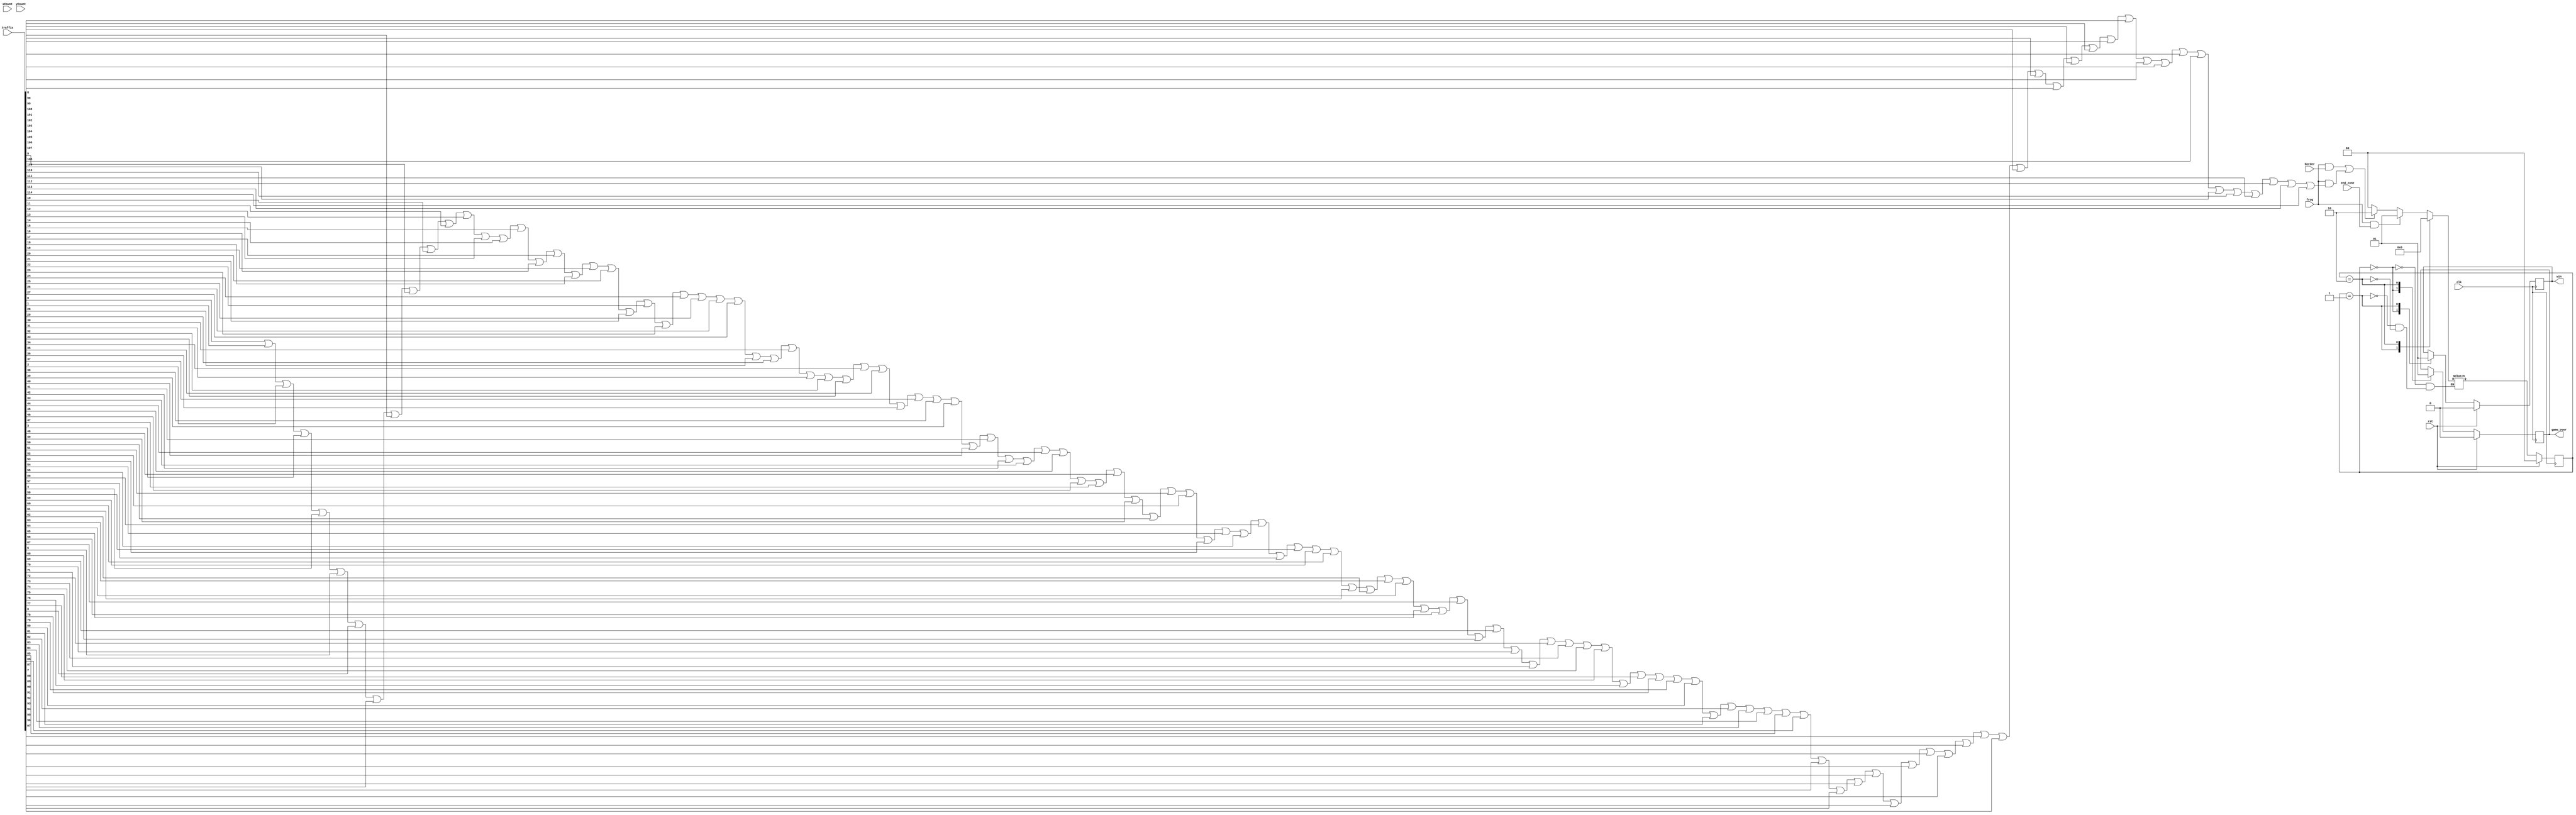
module collision (clk,rst,frog,traffic,border,end_zone,xCount,yCount,win,game_over); 

input clk, rst, frog, border, end_zone;
input [114:0]traffic;
input [9:0]xCount;
input [9:0]yCount;
output win, game_over; //possible results of game: frog hit by car(lose) or frog reaches pond(win)
	
wire frog;
wire end_zone;
wire border;
wire [114:0]traffic;

wire [9:0] xCount;
wire [9:0] yCount;

reg game_over; 
reg win; 
	
//collision calculator
wire squish; //frog lands in pond
wire splash; //frog hit by car

assign splash = frog && end_zone;
assign squish = (frog && border) || (frog && (traffic[0] || traffic[1] || traffic[2] || traffic[3] || traffic[4] || traffic[5] || traffic[6] || traffic[7] || traffic[8] || traffic[9] || traffic[10] || traffic [11] || traffic[12] || traffic[13] || traffic[14] || traffic[15] || traffic[16] || traffic[17] || traffic[18] || traffic[19] || traffic[20] || traffic[21] || traffic[22] || traffic[23] || traffic[24] || traffic[25] || traffic[26] || traffic[27] || traffic[28] || traffic[29] || traffic[30] || traffic[31] || traffic[32] || traffic[33] || traffic[34] || traffic[35] || traffic[36] || traffic[37] || traffic[38] || traffic[39] || traffic[40] || traffic[41] || traffic[42] || traffic[43] || traffic[44] || traffic[45] || traffic[46] || traffic[47] || traffic[48] || traffic[49] || traffic[50] || traffic[51] || traffic[52] || traffic[53] || traffic[54] || traffic[55] || traffic [56] || traffic[57] || traffic[58] || traffic[59] || traffic[60] || traffic[61] || traffic[62] || traffic[63] || traffic[64] || traffic[65] || traffic[66] || traffic[67] || traffic[68] || traffic[69] || traffic[70] || traffic[71] || traffic[72] || traffic[73] || traffic[74] || traffic[75] || traffic[76] || traffic[77] || traffic[78] || traffic[79] || traffic[80] || traffic[81] || traffic[82] || traffic[83] || traffic[84] || traffic[85] || traffic[86] || traffic[87] || traffic[88] || traffic[89] || traffic[90] || traffic[91] || traffic[92] || traffic[93] || traffic[94] || traffic[95] || traffic[96] || traffic[97] || traffic[98] || traffic[99] || traffic[100] || traffic[101] || traffic[102] || traffic[103] || traffic[104] || traffic[105] || traffic[106] || traffic[107] || traffic[108] || traffic[109] || traffic[110] || traffic[111] || traffic[112] || traffic[113] || traffic[114]));

localparam alive = 2'd0, winner = 2'd1, loser = 2'd2;
reg [1:0]S;
reg [1:0]NS;

always @(posedge clk)
	begin
		if (rst == 1'b1)
			S <= alive;
		else
			S <= NS;
	end

always @(*) 
	case (S)
		alive: 
			begin
				if (splash == 1'b1)
					NS = winner;
				else if (squish == 1'b1)
					NS = loser;
				else
					NS = alive;
			end
		winner:							//the winner and loser states loop into themselves until the reset is triggered (fixes "win after loss" and "loss after win" bugs)
			NS = winner;
		loser:
			NS = loser;
	endcase

always @(posedge clk) 
	begin
		if (rst == 1'b1)
			begin
				win <= 1'b0;
				game_over <= 1'b0;
			end
		else
			begin
				case (S)
					alive:
						begin
							win <= 1'b0;
							game_over <= 1'b0;
						end
					winner:
						win <= 1'b1;
					loser:
						game_over <= 1'b1;
				endcase
			end
		
	end
	
//
		
endmodule